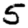
Digit: 5